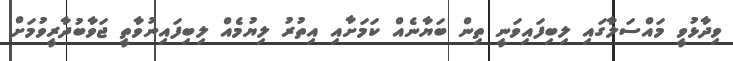
ވިދާޅުވީ މައްސަލާގައި ލިބިފައިވަނީ ތިން ބަޔާނެއް ކަމަށާއި އިތުރު ލިޔުމެއް ލިބިފައިނުވާތީ ޖަވާބުދާރީވުމަށް